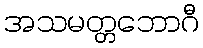
အသမတ္တဘောဂီ